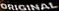
ORIGINAL